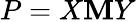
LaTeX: P=X\mathbf{M}Y